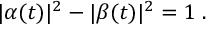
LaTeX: | \alpha ( t ) | ^ { 2 } - | \beta ( t ) | ^ { 2 } = 1 \; .